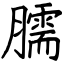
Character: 臑